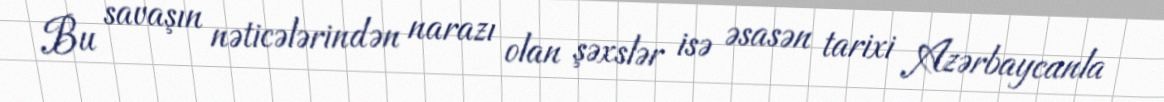
Bu savaşın nəticələrindən narazı olan şəxslər isə əsasən tarixi Azərbaycanla